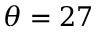
\theta = 2 7